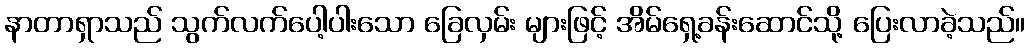
နာတာရှာသည် သွက်လက်ပေါ့ပါးသော ခြေလှမ်း များဖြင့် အိမ်ရှေ့ခန်းဆောင်သို့ ပြေးလာခဲ့သည်။